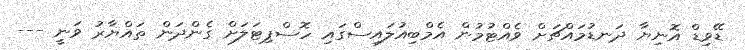
ޑޭވިޑް އޮނިޔާ ދަނޑުމައްޗަށް ވެއްޓުމުން އެމްބިއުލައިސްގައި ހޮސްޕިޓަލަށް ގެންދަން ތައްޔާރު ވަނީ ---